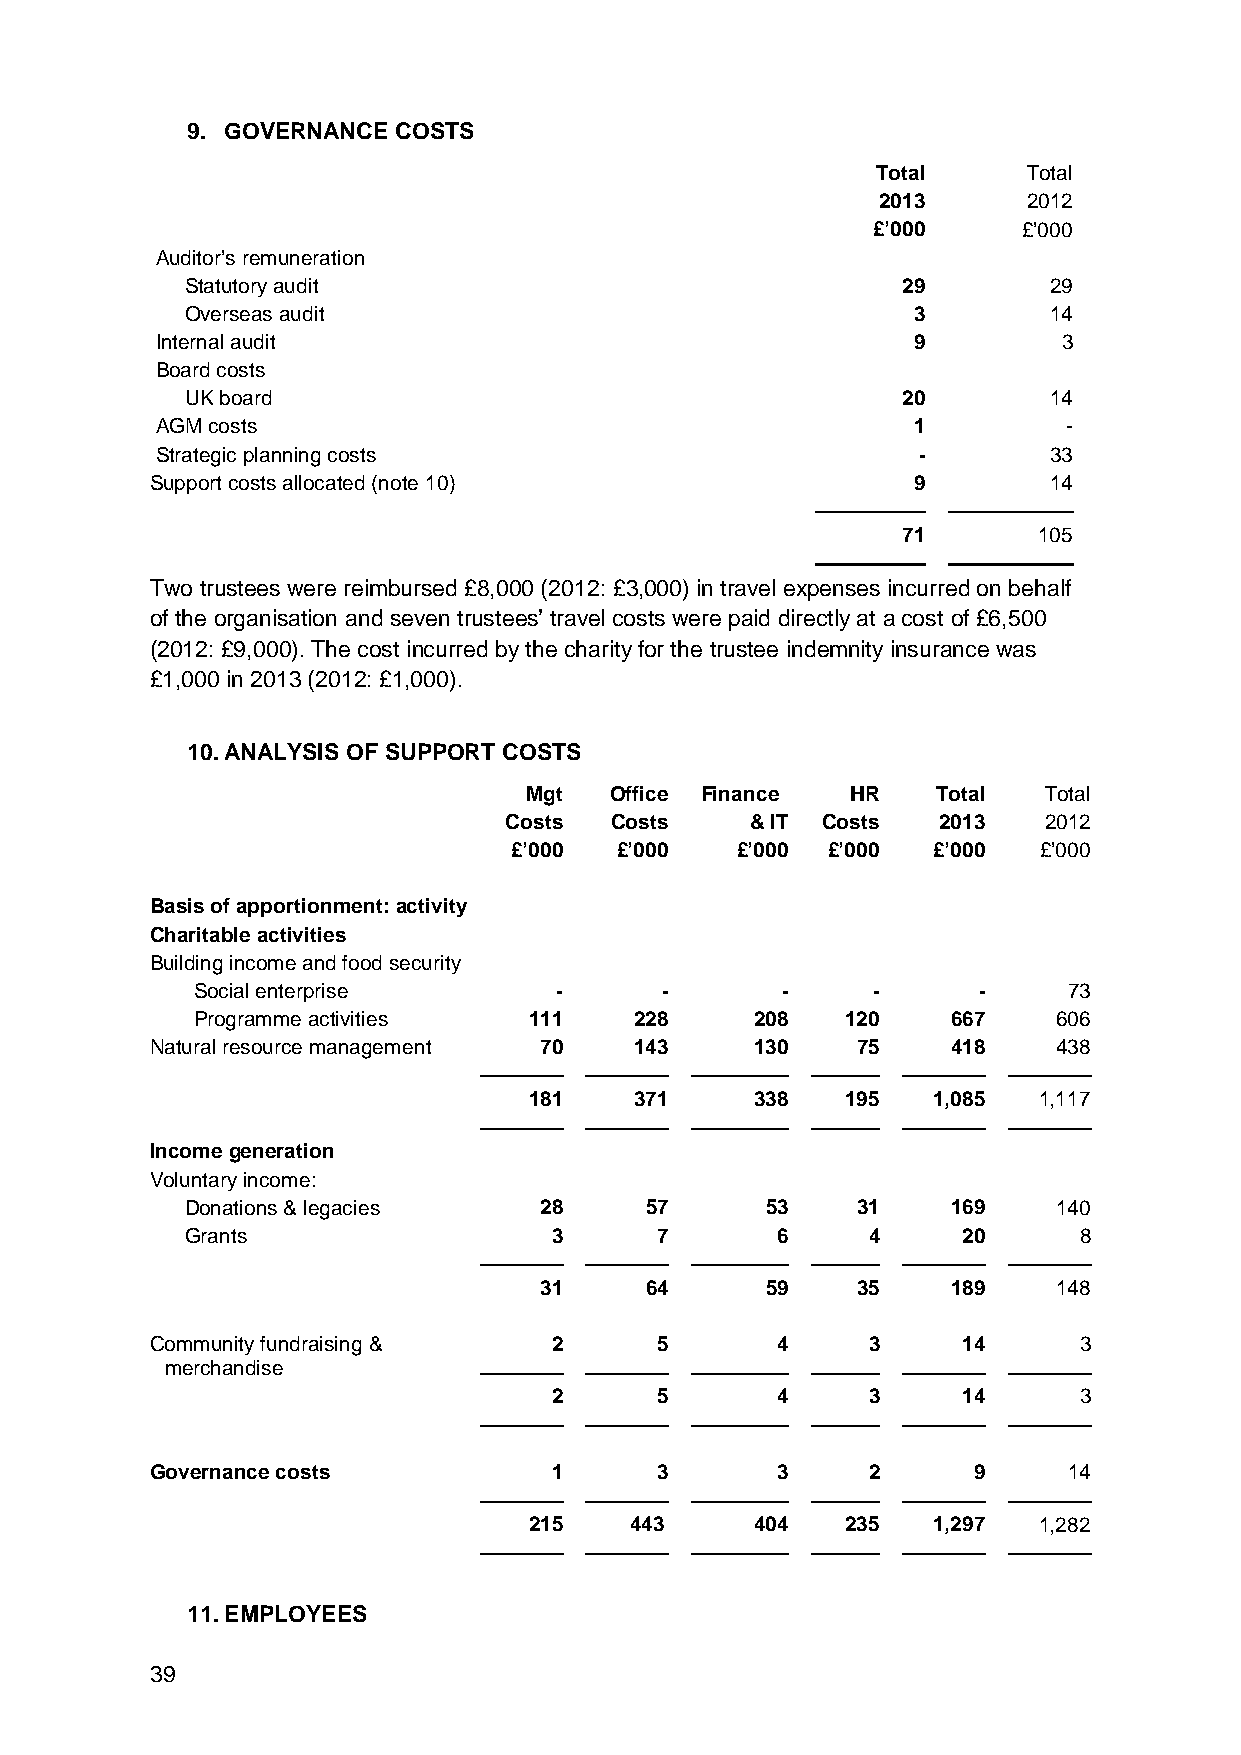
9. GOVERNANCE COSTS
 Total     Total
 2013      2012
 £’000     £’000
 Auditor’s remuneration
 Statutory audit                                 29       29
 Overseas audit                                  3        14
 Internal audit                                    9         3
 Board costs
 UK board                                        20       14
 AGM costs                                         1          -
 Strategic planning costs                           -       33
 Support costs allocated (note 10)                 9        14
 71       105
 Two trustees were reimbursed £8,000 (2012: £3,000) in travel expenses incurred on behalf
 of the organisation and seven trustees’ travel costs were paid directly at a cost of £6,500
 (2012: £9,000). The cost incurred by the charity for the trustee indemnity insurance was
 £1,000 in 2013 (2012: £1,000).
 10. ANALYSIS OF SUPPORT COSTS
 Mgt  Office Finance  HR    Total  Total
 Costs  Costs     & IT Costs  2013   2012
 £’000  £’000   £’000 £’000  £’000  £’000
 Basis of apportionment: activity
 Charitable activities
 Building income and food security
 Social enterprise       -      -       -     -      -     73
 Programme activities  111    228     208   120    667    606
 Natural resource management 70  143     130    75    418    438
 181    371     338   195   1,085  1,117
 Income generation
 Voluntary income:
 Donations & legacies    28     57      53    31    169    140
 Grants                   3     7       6     4      20     8
 31     64      59    35    189    148
 Community fundraising &    2     5       4     3      14     3
 merchandise
 2     5       4     3      14     3
 Governance costs           1     3       3     2      9      14
 215    443     404   235   1,297  1,282
 11. EMPLOYEES
 39